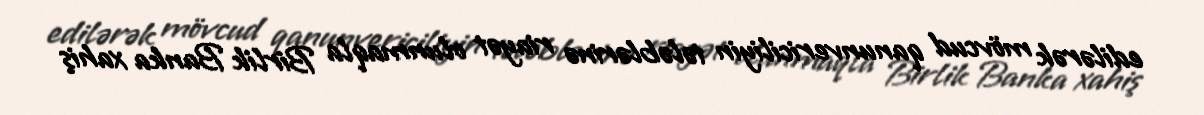
edilərək mövcud qanunvericiliyin tələblərinə riayət olunmaqla Birlik Banka xahiş